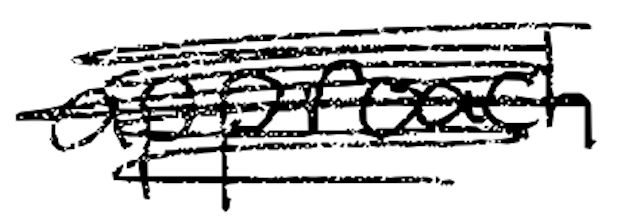
Text: approach
Cross-out: scratch
Writing tool: digital_black